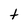
Character: t